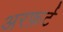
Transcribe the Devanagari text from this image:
अरफ़र्ट